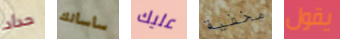
حداد سأسألك عليك مخفية يقول